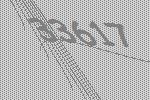
33617